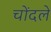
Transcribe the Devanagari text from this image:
चोंदले